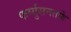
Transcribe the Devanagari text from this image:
फर्ग्युसनतर्फे